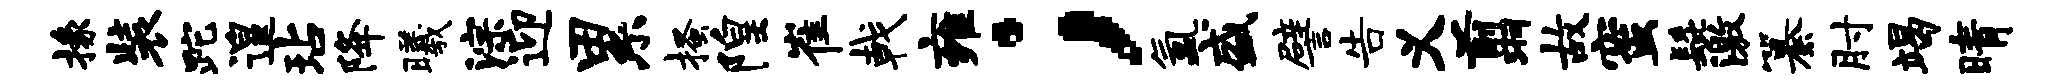
掾装跎遑玷降曦淙迎累搔隍崔戟雍；氲盛譬告义翦故蜜髭激纂肘竭晴